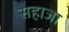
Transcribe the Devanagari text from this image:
सहाजा